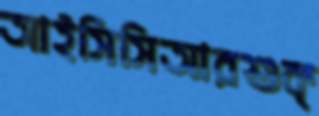
আইসিসিআরশুক্